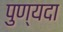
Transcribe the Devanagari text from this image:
पुण्यदा